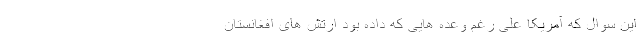
این سوال که آمریکا علی رغم وعده هایی که داده بود ارتش های افغانستان